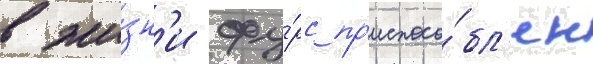
в жи́зн'и фу́рс пр'испосо́бл'ен